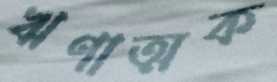
ঋণাত্মক